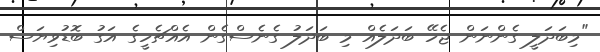
"މިބަދަލީ ގެންނަން ޖެހޭ ބަދަލެއް މި ބަދަލު ގެނެސްގެން އެއްޗެހީގެ އަގު ބޮޑުވިޔަސް